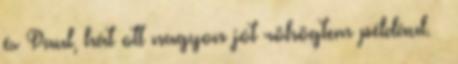
és Paul, hát ott nagyon jót röhögtem például. –